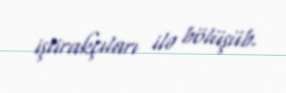
iştirakçıları ilə bölüşüb.